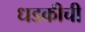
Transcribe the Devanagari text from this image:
धडकीची